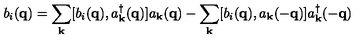
b _ { i } ( { \bf { q } } ) = \sum _ { { \bf { k } } } [ b _ { i } ( { \bf { q } } ) , a _ { { \bf { k } } } ^ { \dagger } ( { \bf { q } } ) ] a _ { { \bf { k } } } ( { \bf { q } } ) - \sum _ { { \bf { k } } } [ b _ { i } ( { \bf { q } } ) , a _ { { \bf { k } } } ( - { \bf { q } } ) ] a _ { { \bf { k } } } ^ { \dagger } ( - { \bf { q } } )